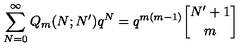
\sum _ { N = 0 } ^ { \infty } Q _ { m } ( N ; N ^ { \prime } ) q ^ { N } = q ^ { m ( m - 1 ) } { N ^ { \prime } + 1 \atopwithdelims [ ] m }